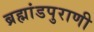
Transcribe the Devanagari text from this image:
ब्रह्मांडपुराणी